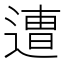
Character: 𮞸